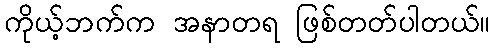
ကိုယ့်ဘက်က အနာတရ ဖြစ်တတ်ပါတယ်။